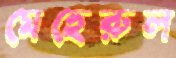
মেহেরুল